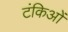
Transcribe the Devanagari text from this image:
टंकिओं